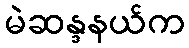
မဲဆန္ဒနယ်က